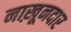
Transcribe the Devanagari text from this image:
नाख़ूनदार